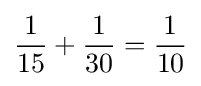
{\frac {1}{15}}+{\frac {1}{30}}={\frac {1}{10}}